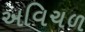
અવિચળ